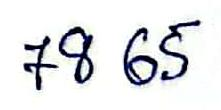
78 65